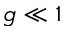
g \ll 1